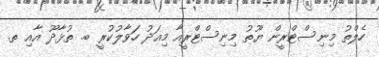
ހެލްތު މިނިސްޓްރީން ޔޫތު މިނިސްޓްރީއާ މިއަދު ހަވާލުކުރީ ބ. ތުޅާދޫ އާއި ތ.